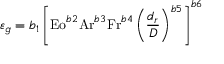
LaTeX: \varepsilon _ { g } = b _ { 1 } \left[ { \mathrm { E o } } ^ { b 2 } { \mathrm { A r } } ^ { b 3 } { \mathrm { F r } } ^ { b 4 } \left( { \frac { d _ { r } } { D } } \right) ^ { b 5 } \right] ^ { b 6 }